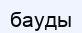
бауды